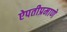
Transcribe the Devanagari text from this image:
ऐपतीप्रमाणे